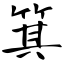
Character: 箕